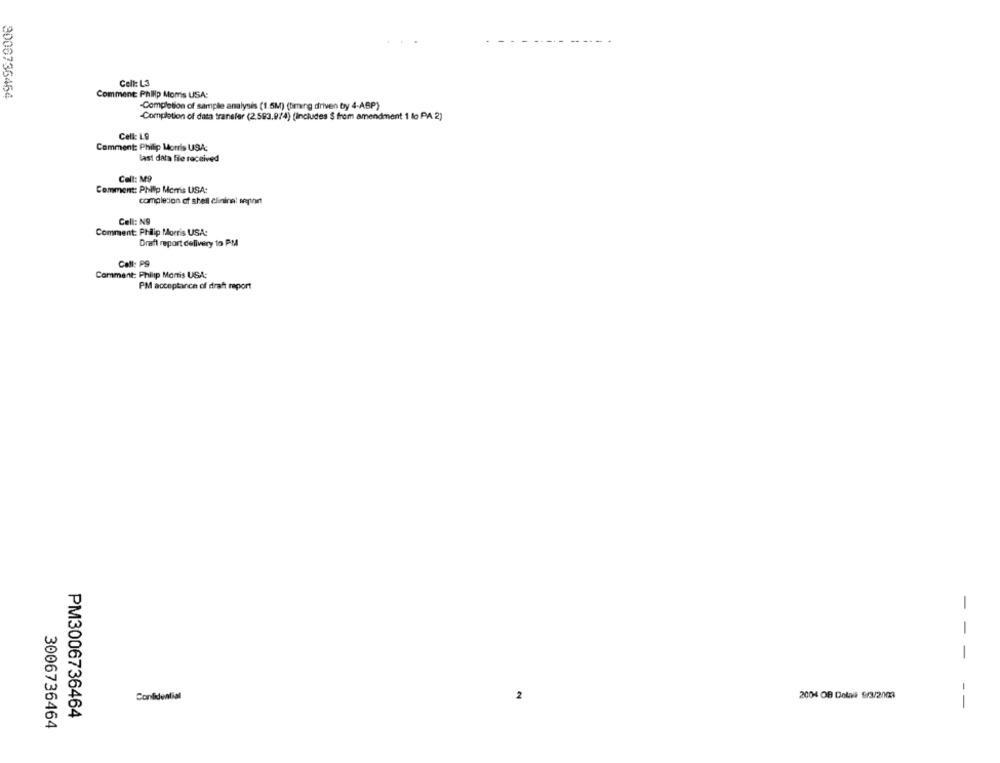
Cell: L3
2006736464
Comment Phillip Moms USA:
-Completion of sample analysis (1.5M) (bring driven by 4-ASP)
-Completion of data transfer (2.593.9/4) (Includes $ from amendment 1 lo PA 2)
Cell: LO
Comment: Philip Morris USA:
last data file received
Cell: M9
Comment: Philip Morris USA:
completion of shell clinina! septhet
Cell: N9
Comment: Philip Morris USA:
Draft report delivery to PM
Call: P9
Comment: Philip Morris USA:
PM acceptance of draft report
-
-
-
2004 OB Dolol 9/3/2003
Confidential
--
PM3006736464
3006736464